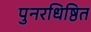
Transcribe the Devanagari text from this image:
पुनरधिष्ठित